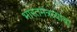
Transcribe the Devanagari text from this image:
भारतमंत्रत्र्याचा